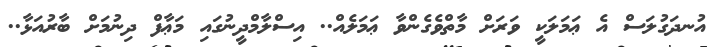
އުނދަގުލަސް އެ ޢަމަލަކީ ވަރަށް މާތްވެގެންވާ ޢަމަލެއް.. އިސްލާމްދީނުގައި މަޢާފް ދިނުމަށް ބާރުއަޅާ..